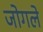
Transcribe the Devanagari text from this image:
जोगले